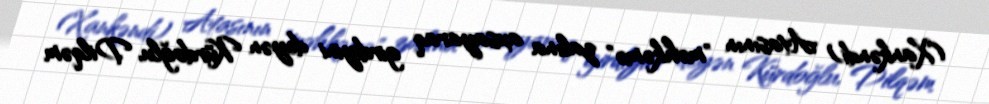
(Xankəndi) Atasının "məhkəmə" zalına axsayaraq girdiyini deyən Kürdoğlu, Dilqəm